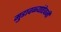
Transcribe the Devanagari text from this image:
मुडावळ्यांऐवजी